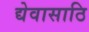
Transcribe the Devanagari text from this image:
द्येवासाठि